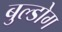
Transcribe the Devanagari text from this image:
बुल्डोग